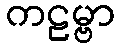
ကဠမ္ဗာ